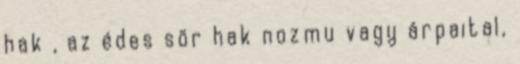
hak , az édes sör hak nozmu vagy árpaital,